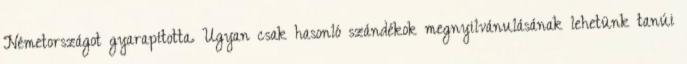
Németországot gyarapította. Ugyan csak hasonló szándékok megnyilvánulásának lehetünk tanúi